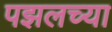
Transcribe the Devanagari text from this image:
पझलच्या